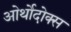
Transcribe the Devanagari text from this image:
ओर्थोदोक्स